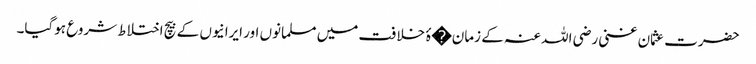
حضرت عثمان غنی رضی اللہ عنہ کے زمان�ۂ خلافت میں مسلمانوں اور ایرانیوں کے بیچ اختلاط شروع ہوگیا۔